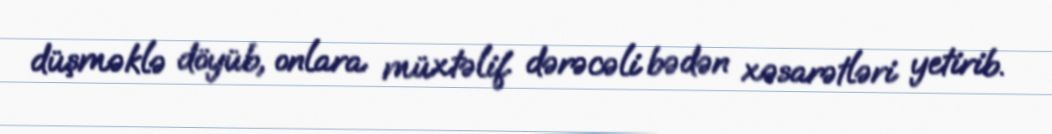
düşməklə döyüb, onlara müxtəlif dərəcəli bədən xəsarətləri yetirib.